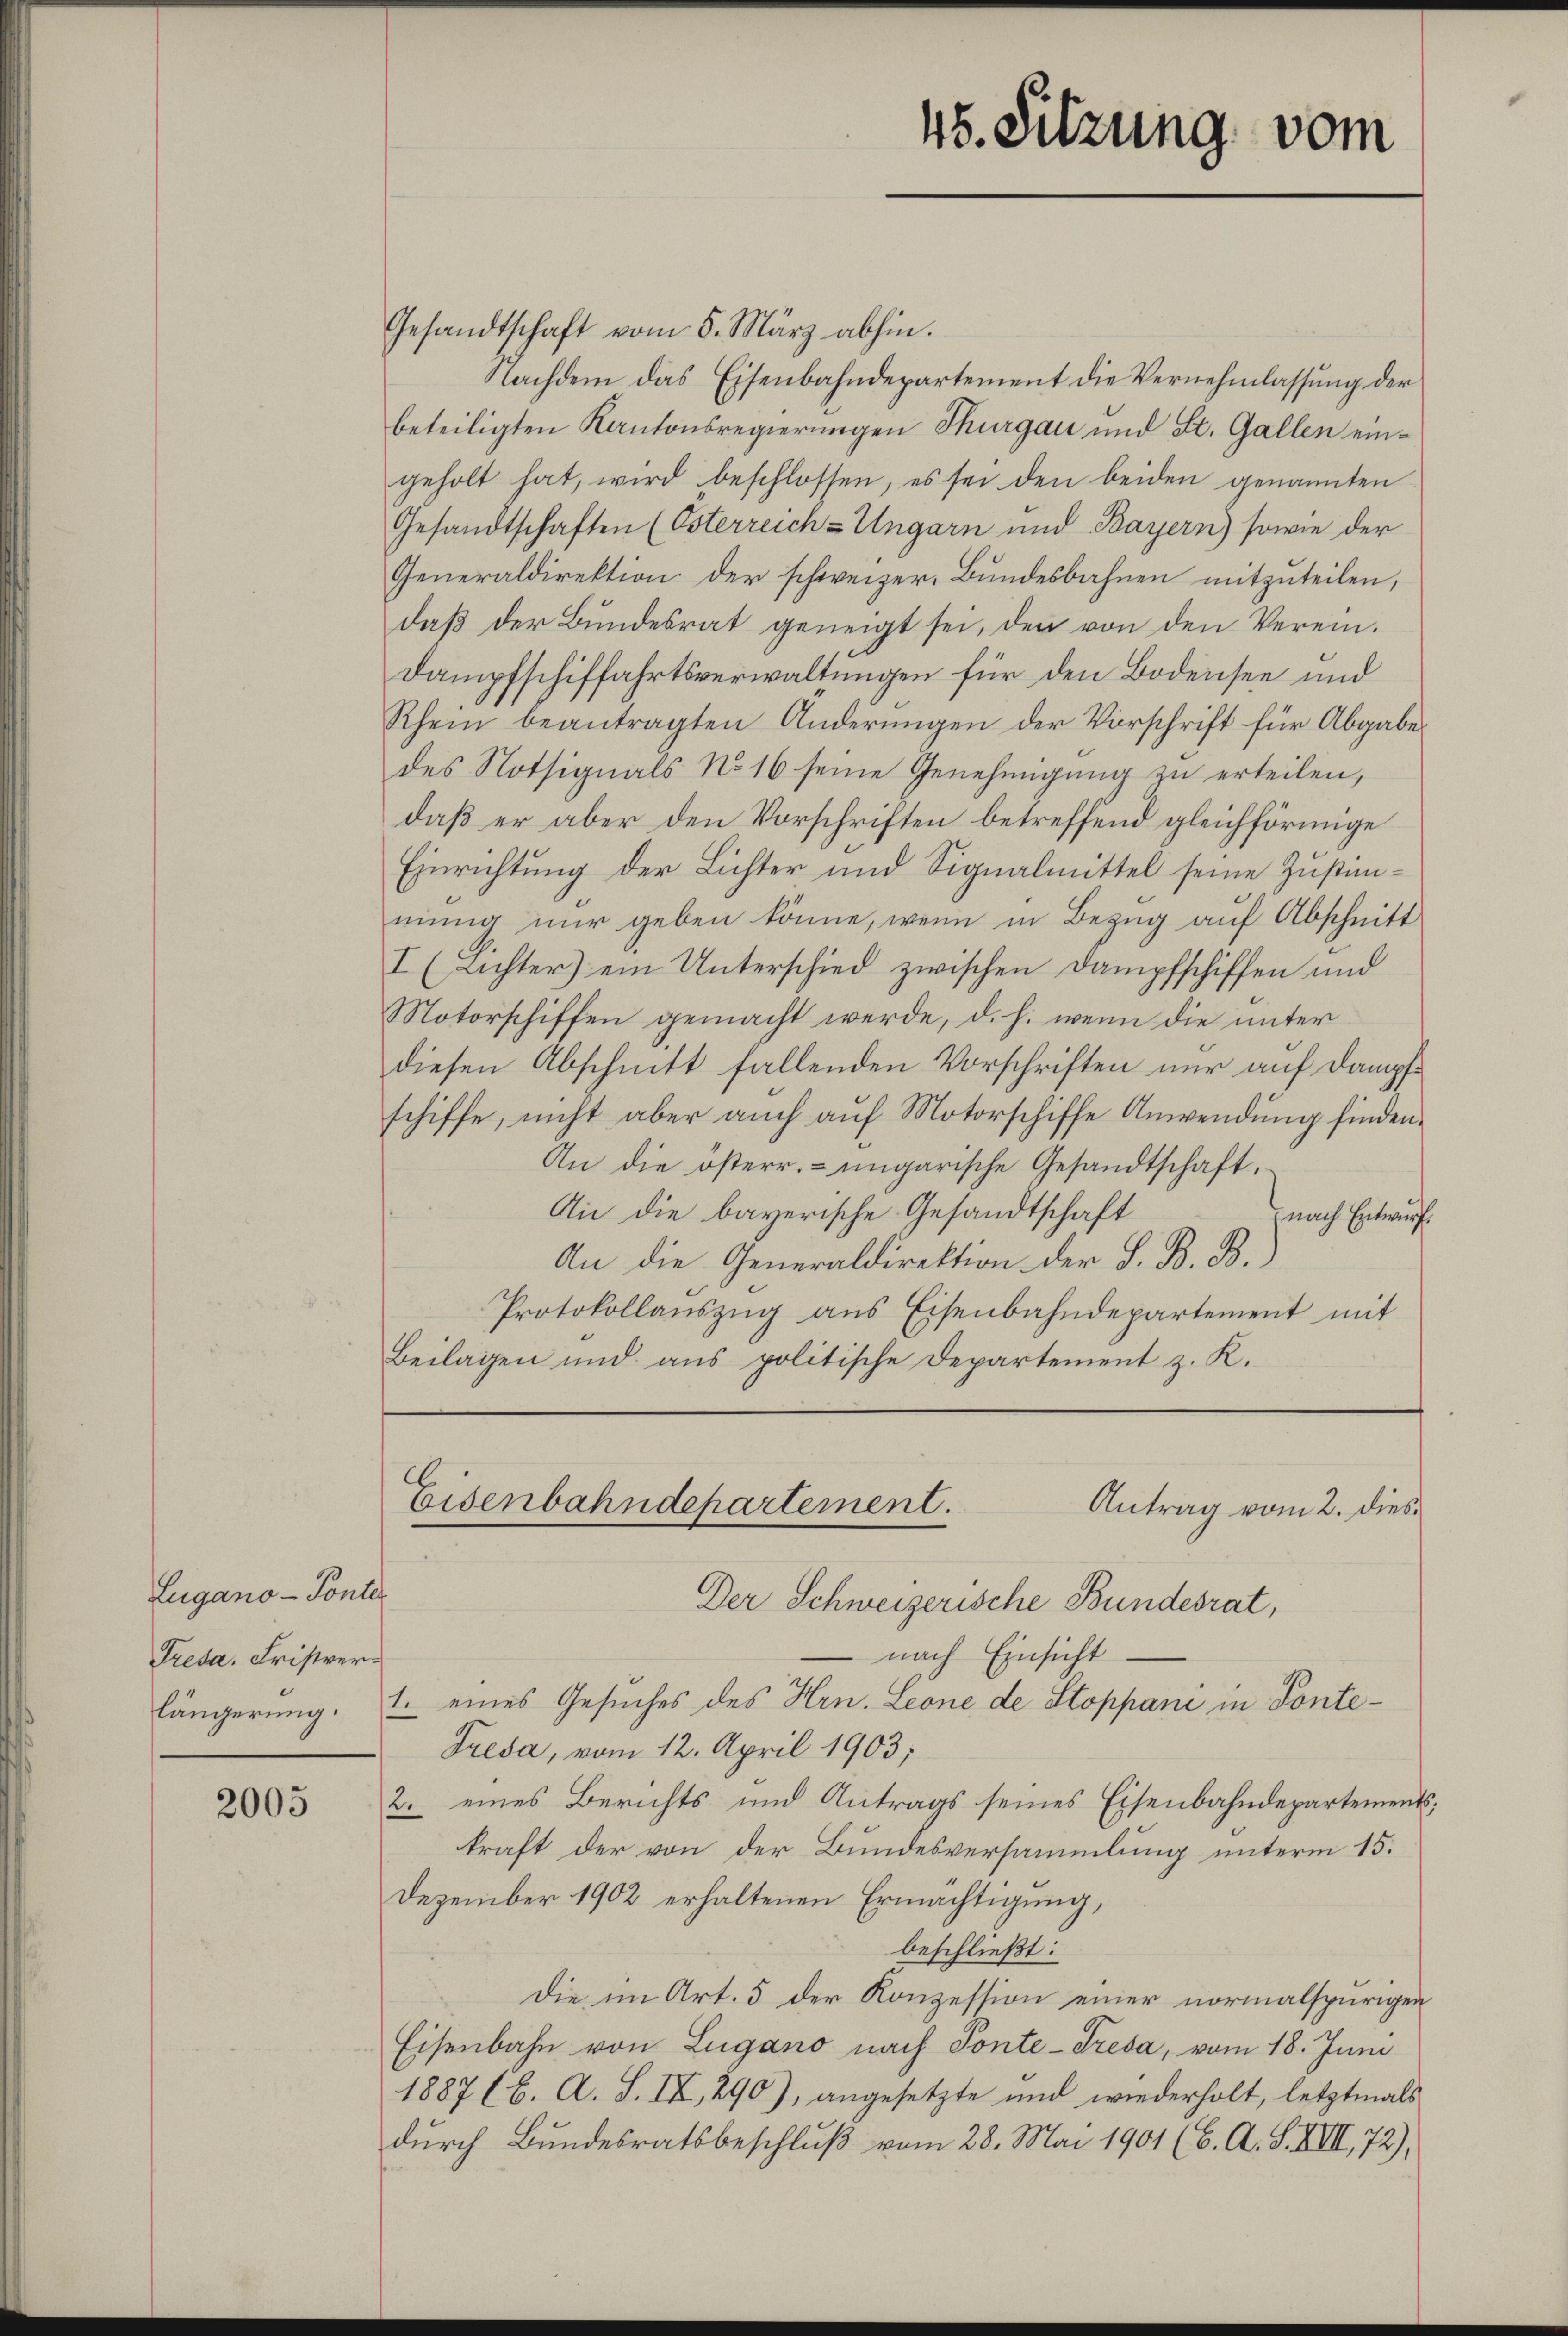
Lugano - Ponter
Tresa. Fristver¬

2005

Gesandtschaft vom 5. März abhin.
Nachdem das Eisenbahndepartement die Vernehmlassung der
beteiligten Kantonsregierungen Thurgau und St. Gallen eingeholt hat, wird beschlossen, es sei den beiden genannten
Gesandtschaften (Osterreich-Ungarn und Bayern) sowie der
Generaldirektion der schweizer. Bundesbahnen mitzuteilen,
daß der Bundesrat geneigt sei, den von den Verein¬
Dampfschiffahrtsverwaltungen für den Bodensee und
Rhein beantragten Änderungen der Vorschrift für Abgabe.
des Notsignals No 16 seine Genehmigŭng zu erteilen,
daß er aber den Vorschriften betreffend gleichförmige
Einrichtung der Lichter und Signalmittel seine Zustimmung nur geben könne, wenn in Bezug auf Abschnitt
I (Lichter) ein Unterschied zwischen Dampfschiffen und
Motorschiffen gemacht werde, d. h. wenn die unter
diesen Abschnitt fallenden Vorschriften nur auf Dampfschiffe, nicht aber auch auf Motorschiffe Anwendung finden¬
An die österr. ungarische Gesandtschaft,
An die bayerische Gesandtschaft
nach Entwurf.
An die Generaldirektion der S. B. B.)
Protokollauszug aus Eisenbahndepartement mit
Beilagen und aus politische Departement z. K.

Eisenbahndepartement.

48. Sitzung vom

Antrag vom 2. dies
Der Schweizerische Bundesrat,
nach Einsicht
längerung. E. eines Gesuches des Hrn. Leone de Stoppani in Ponte¬
Treda, vom 12. April 1903;
2. eines Berichts und Antrags seines Eisenbahndepartements;
kraft der von der Bundesversammlung unterm 15.
Dezember 1902 erhaltenen Ermächtigung,
beschließt:
Die im Art. 5 der Konzession einer normalspurigen
Eisenbahn von Lugano nach Ponte-Tresa, vom 18. Juni
1887 (6. A. S. IX, 290), angesetzte und wiederholt, letztmals
durch Bundesratsbeschluß vom 28. Mai 1901 (6. A. S. XIII, 72),